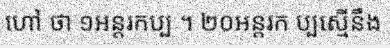
ហៅ ថា ១អន្តរកប្ប ។ ២០អន្តរក ប្បស្មើនឹង